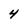
Character: 4